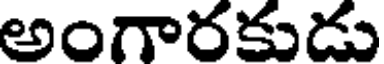
అంగారకుడు